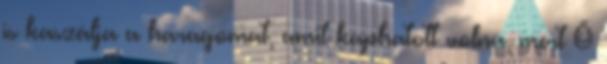
is kaszálja a haragomat, amit kaphatott volna, mert Ő